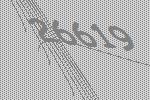
26619